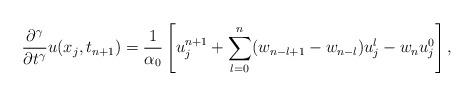
LaTeX: \begin{align*} \frac{\partial^\gamma}{\partial t^\gamma}u(x_j,t_{n+1})=\frac{1}{\alpha_0}\left[u_j^{n+1}+\sum\limits_{l=0}^{n} (w_{n-l+1}-w_{n-l})u_j^l - w_n u_j^0\right],\end{align*}